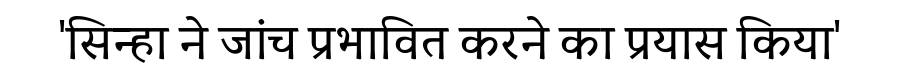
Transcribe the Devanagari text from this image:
'सिन्हा ने जांच प्रभावित करने का प्रयास किया'